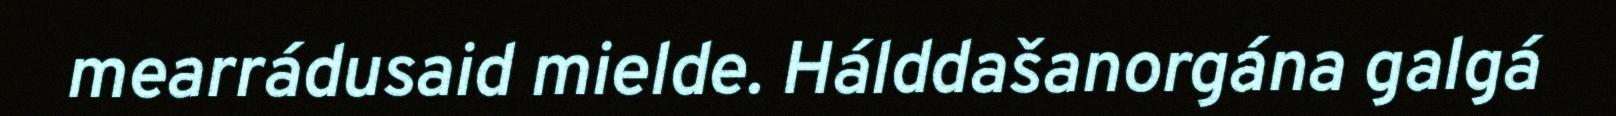
mearrádusaid mielde. Hálddašanorgána galgá